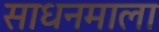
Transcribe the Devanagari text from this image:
साधनमाला